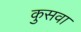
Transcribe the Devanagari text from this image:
कुसवा